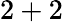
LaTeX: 2+2